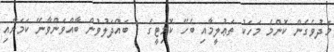
މަދުވެގެން ކޮންމެ މަހަކު ތަޢުލީމާއި ބެހޭ ކޮމިޓީގެ 1 ބައްދަލުވުން ބާއްވަންވާނޭ ކަމަށާއި